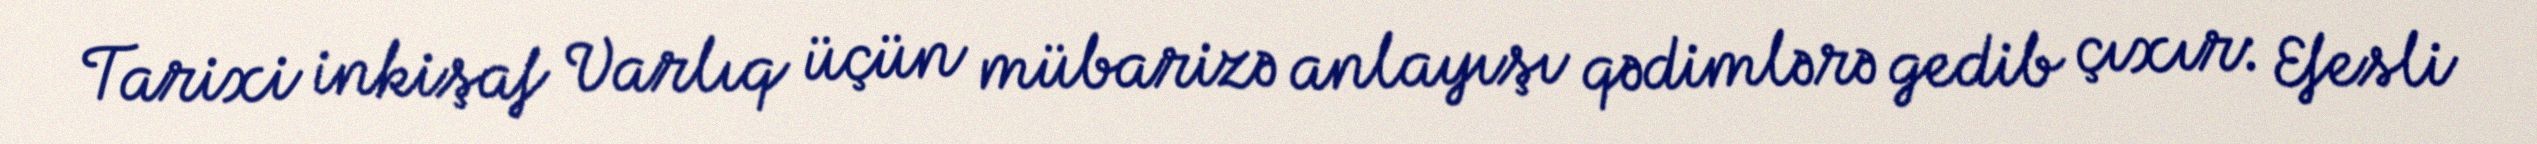
Tarixi inkişaf Varlıq üçün mübarizə anlayışı qədimlərə gedib çıxır: Efesli